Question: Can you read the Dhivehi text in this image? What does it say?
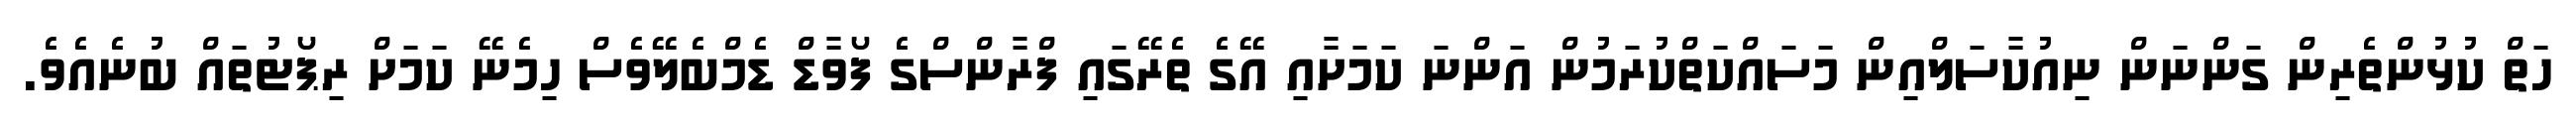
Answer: ހަތް ކުޅުންތެރިން ގަންނަން ނިއުކާސަލްއިން މަސައްކަތްކުރަމުން އަންނަ ކަމަށާއި އޭގެ ތެރޭގައި ފްރާންސްގެ ފޯވާޑް ޑެމްބެލޭވެސް ހިމެނޭ ކަމަށް ރިޕޯޓުތައް ބުނެއެވެ.